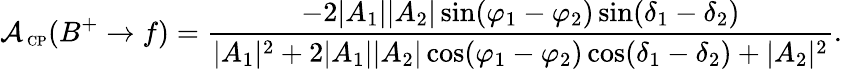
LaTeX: {\cal A}_{\mathrm{{\scriptsize~CP}}}(B^{+}\to f)=\frac{-2|A_{1}||A_{2}|\sin(\varphi_{1}-\varphi_{2})\sin(\delta_{1}-\delta_{2})}{|A_{1}|^{2}+2|A_{1}||A_{2}|\cos(\varphi_{1}-\varphi_{2})\cos(\delta_{1}-\delta_{2})+|A_{2}|^{2}}.